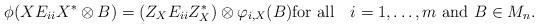
LaTeX: \begin{align*}{\phi}(XE_{ii}X^*\otimes B)=(Z_XE_{ii}Z_X^*)\otimes \varphi_{i,X}(B)\hbox{for all\quad} i=1,\ldots,m\hbox{ and }B\in M_n.\end{align*}